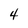
Character: 4